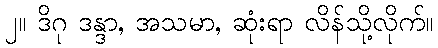
၂။ ဒိဂု ဒန္ဒာ, အသမာ, ဆုံးရာ လိန်သို့လိုက်။